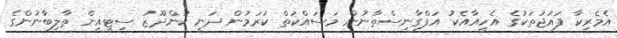
އެމެރިކާ ފައުޖުތަކުގެ އެހީއާއެކު އަފްގާނިސްތާނުން މަސައްކަތް ކުރަމުން ދަނީ ކުންދޫޒު ސިޓީއިން ތާލިބާނުންގެ